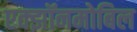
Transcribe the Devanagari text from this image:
एक्झॉनमोबिल